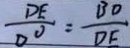
\frac { D E } { D ^ { \circ } } = \frac { B D } { D E }